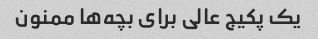
یک پکیج عالی برای بچه‌ها ممنون